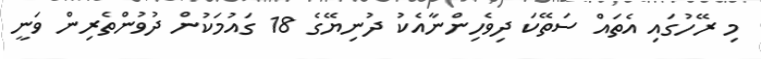
މި ރޭހުގައި އެތައް ސަތޭކަ ދިވެހިންނާއެކު ދުނިޔޭގެ 18 ގައުމަކުން ދުވުންތެރިން ވަނީ